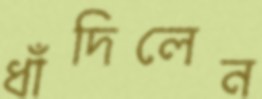
ধাঁদিলেন